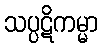
သပ္ပဋိကမ္မာ